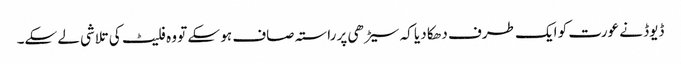
ڈیوڈ نے عورت کو ایک طرف دھکا دیا کہ سیڑھی پر راستہ صاف ہو سکے تو وہ فلیٹ کی تلاشی لے سکے۔